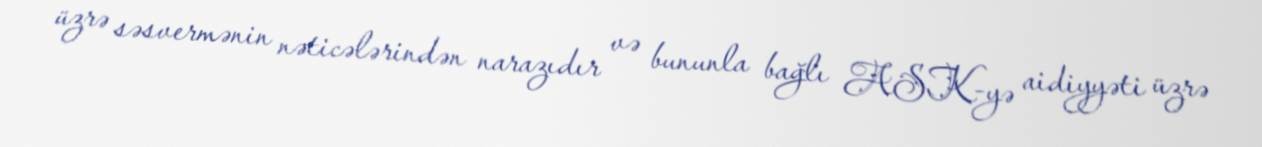
üzrə səsvermənin nəticələrindən narazıdır və bununla bağlı ASK-yə aidiyyəti üzrə